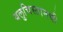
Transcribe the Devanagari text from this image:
बलुचिस्तानची